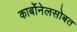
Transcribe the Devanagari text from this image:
कार्बोनेलसोबत